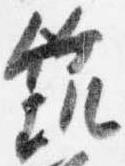
筑